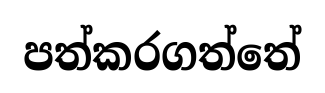
පත්කරගත්තේ